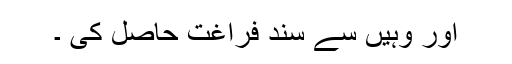
اور وہیں سے سند فراغت حاصل کی ۔